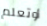
أوتعلم